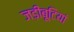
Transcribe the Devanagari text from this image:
जड़ीबूटियां